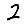
Digit: 2